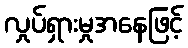
လှုပ်ရှားမှုအနေဖြင့်